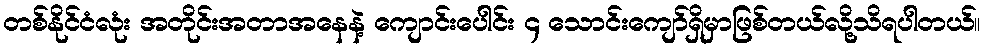
တစ်နိုင်ငံလုံး အတိုင်းအတာအနေနဲ့ ကျောင်းပေါင်း ၄ သောင်းကျော်ရှိမှာဖြစ်တယ်လို့သိရပါတယ်။